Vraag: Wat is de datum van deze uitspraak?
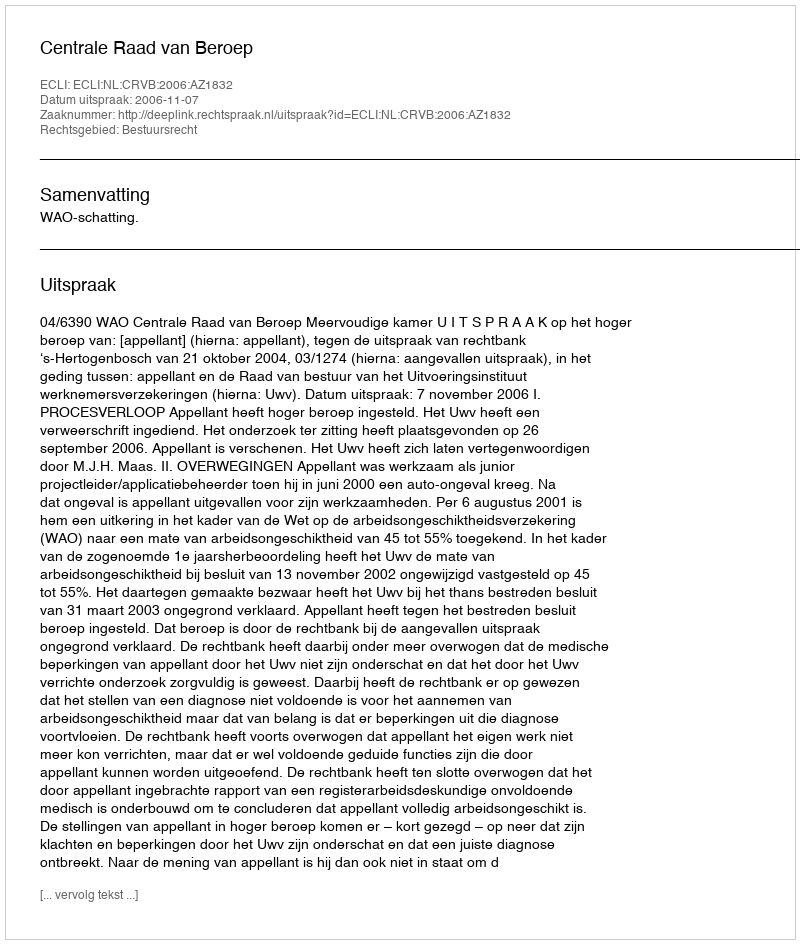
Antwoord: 2006-11-07